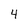
Character: 4